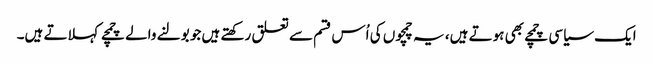
ایک سیاسی چمچے بھی ہوتے ہیں، یہ چمچوں کی اُس قسم سے تعلق رکھتے ہیں جو بولنے والے چمچے کہلاتے ہیں۔